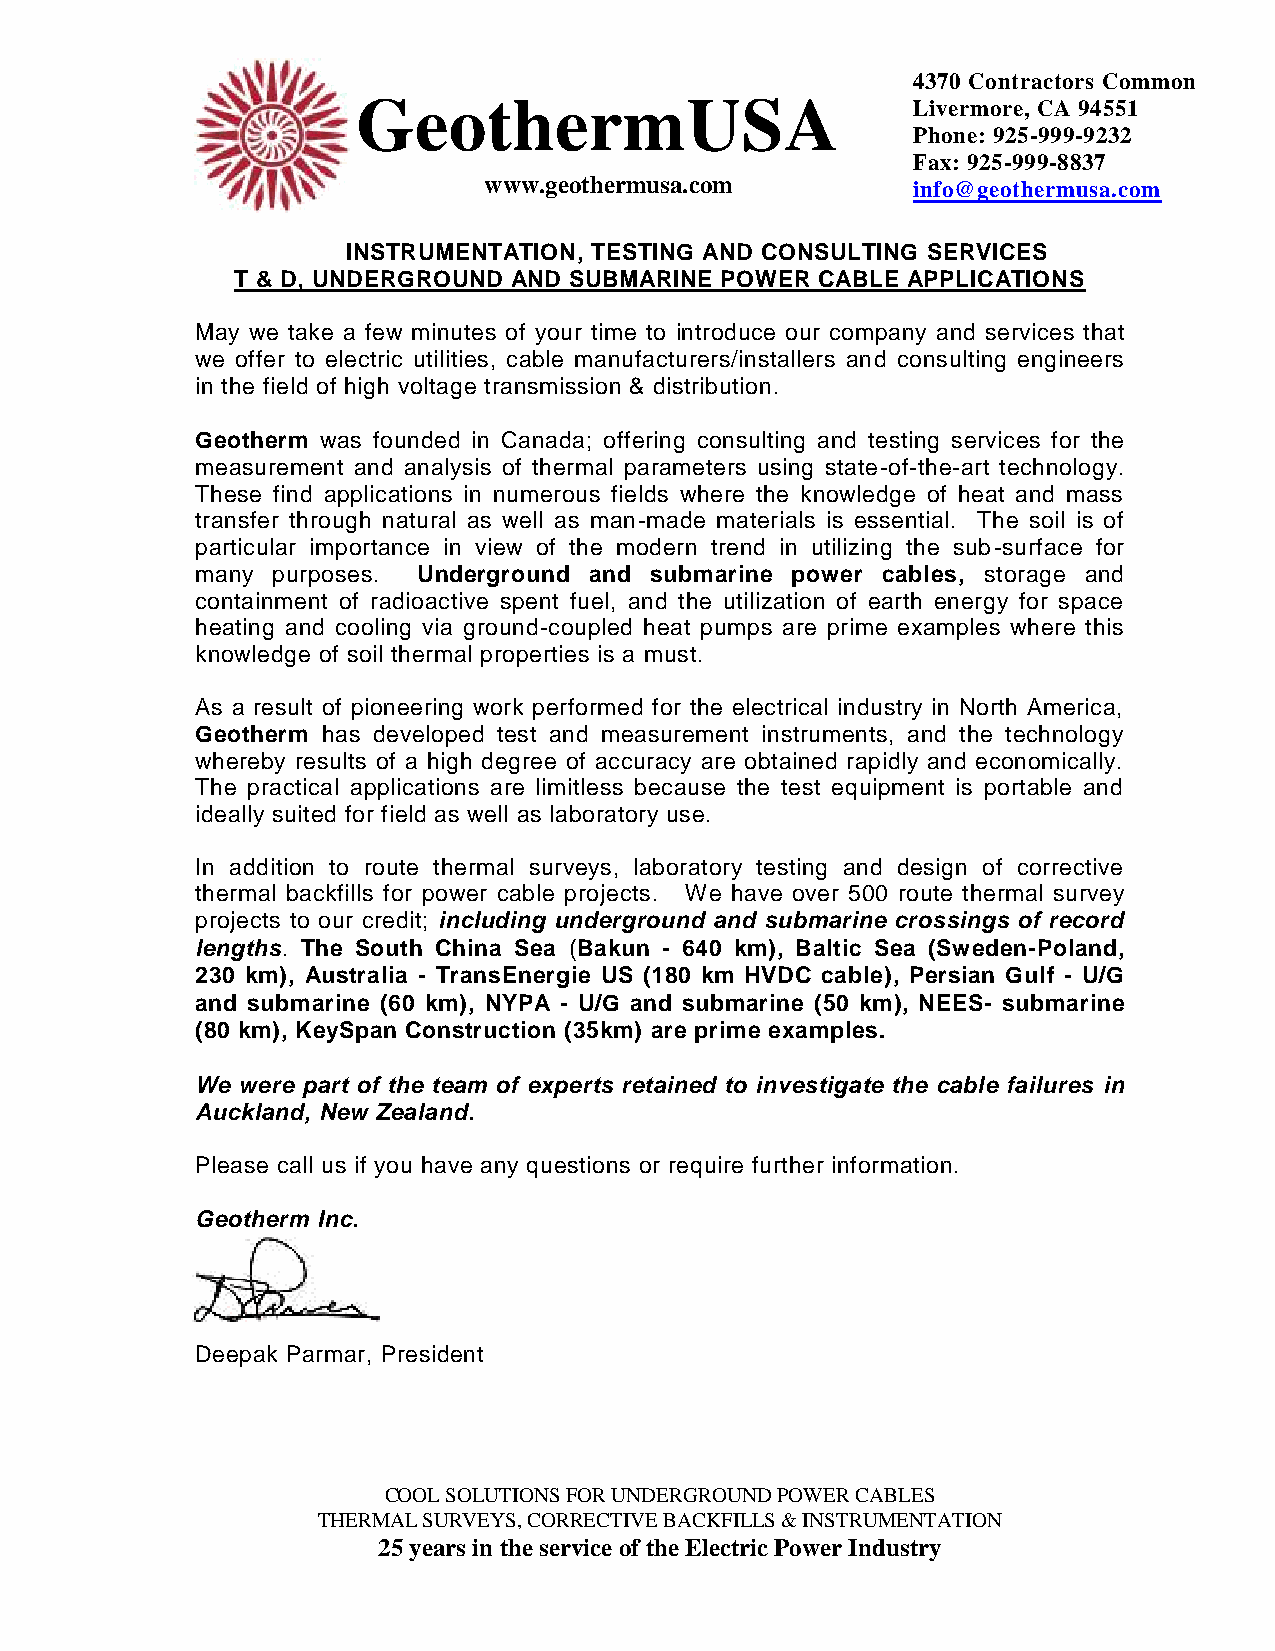
4370 Contractors Common
 GeothermUSA
 Livermore, CA 94551
 Phone: 925-999-9232
 Fax: 925-999-8837
 www.geothermusa.com
 info@geothermusa.com
 INSTRUMENTATION, TESTING AND CONSULTING SERVICES
 T & D, UNDERGROUND AND SUBMARINE POWER CABLE APPLICATIONS
 May we take a few minutes of your time to introduce our company and services that
 we offer to electric utilities, cable manufacturers/installers and consulting engineers
 in the field of high voltage transmission & distribution.
 Geotherm was founded in Canada; offering consulting and testing services for the
 measurement and analysis of thermal parameters using state-of-the-art technology.
 These find applications in numerous fields where the knowledge of heat and mass
 transfer through natural as well as man-made materials is essential. The soil is of
 particular importance in view of the modern trend in utilizing the sub-surface for
 many purposes. Underground and submarine power cables, storage and
 containment of radioactive spent fuel, and the utilization of earth energy for space
 heating and cooling via ground-coupled heat pumps are prime examples where this
 knowledge of soil thermal properties is a must.
 As a result of pioneering work performed for the electrical industry in North America,
 Geotherm has developed test and measurement instruments, and the technology
 whereby results of a high degree of accuracy are obtained rapidly and economically.
 The practical applications are limitless because the test equipment is portable and
 ideally suited for field as well as laboratory use.
 In addition to route thermal surveys, laboratory testing and design of corrective
 thermal backfills for power cable projects. We have over 500 route thermal survey
 projects to our credit; including underground and submarine crossings of record
 lengths. The South China Sea (Bakun - 640 km), Baltic Sea (Sweden-Poland,
 230 km), Australia - TransEnergie US (180 km HVDC cable), Persian Gulf - U/G
 and submarine (60 km), NYPA - U/G and submarine (50 km), NEES- submarine
 (80 km), KeySpan Construction (35km) are prime examples.
 We were part of the team of experts retained to investigate the cable failures in
 Auckland, New Zealand.
 Please call us if you have any questions or require further information.
 Geotherm Inc.
 Deepak Parmar, President
 COOL SOLUTIONS FOR UNDERGROUND POWER CABLES
 THERMAL SURVEYS, CORRECTIVE BACKFILLS & INSTRUMENTATION
 25 years in the service of the Electric Power Industry